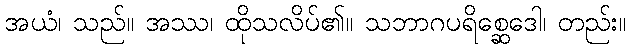
အယံ၊ သည်။ အဿ၊ ထိုသလိပ်၏။ သဘာဂပရိစ္ဆေဒေါ၊ တည်း။